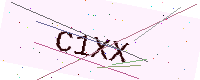
Text: C1XX